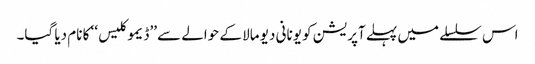
اس سلسلے میں پہلے آپریشن کو یونانی دیو مالا کے حوالے سے ’’ڈیموکلیس‘‘ کا نام دیا گیا۔